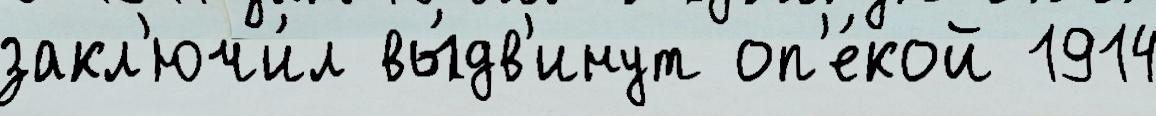
закл'ючи́л вы́дв'инут оп'е́кой 1914